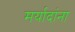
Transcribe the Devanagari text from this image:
मर्यादांना